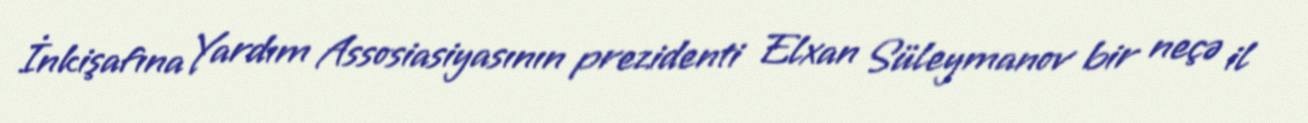
İnkişafına Yardım Assosiasiyasının prezidenti Elxan Süleymanov bir neçə il